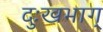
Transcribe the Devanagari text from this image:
दुःखभाग्